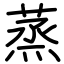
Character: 蒸